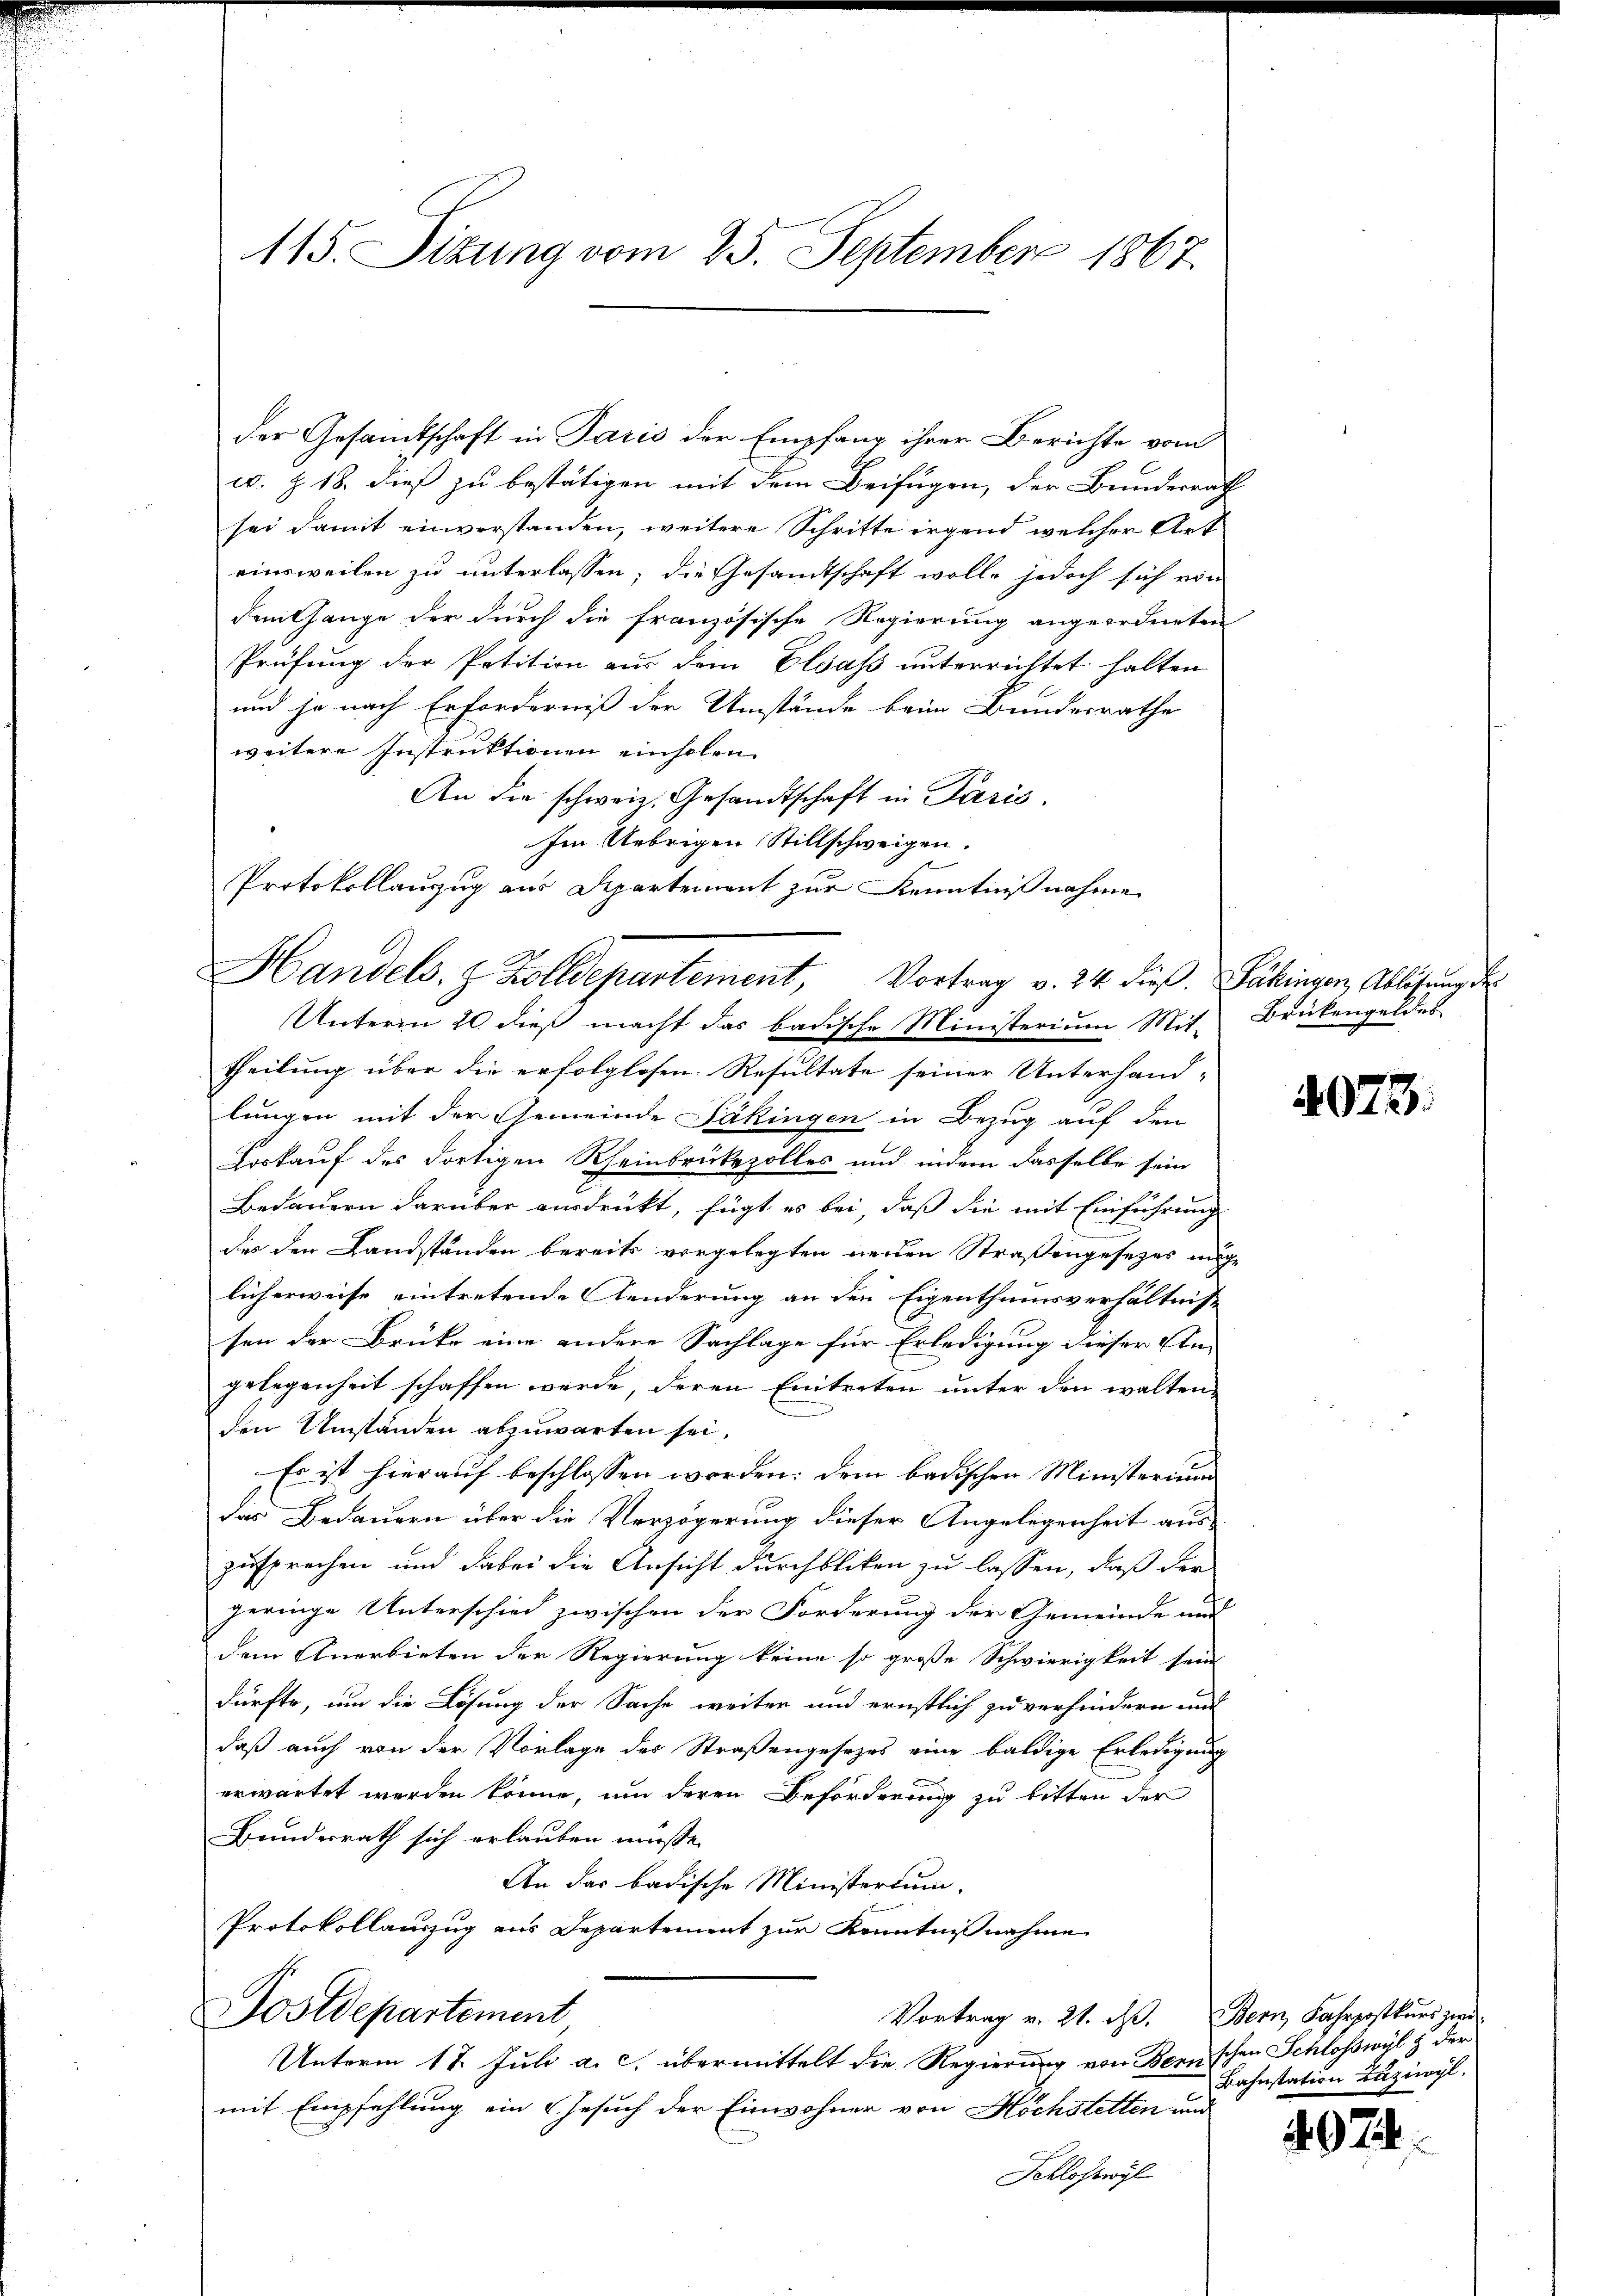
der Gesamtschaft in Paris der Empfang ihrer Berichte vom
w. Z. 18. dieß zu bestätigen mit dem Beifügen, der Bundesrath
sei damit einverstanden, weitere Schritte irgend welcher Art
einsweilen zu unterlassen; die Gesandtschaft wolle jedoch sich von
dem Gange der durch die französische Regierung angeordneten
Prüfung der Petition aus dem Elsass unterrichtet halten
und je nach Erforderniß der Umstände beim Bundesrathe
weitere Instruktionen einholen.
An die schweiz. Gesandtschaft in Paris.
Im Uebrigen Stillschweigen
Protokollanzug aus Departement zur Kenntnißnahme
Unterm 20. dieß macht das badische Ministerium Mit- Brükengeldes
theilung über die erfolglosen Resultate seiner Unterhand-
lungen mit der Gemeinde Päkingen in Bezug auf den
Loskauf des dortigen Rheinbrükezolles und indem dasselbe sein
Bedauern darüber ausdrückt, fügt es bei, daß die mit Einführung
des den Landständen bereits vorgelegten neuen Straßengesezes möge
licherweise eintretende Aenderung an den Eigenthumsverhältniss
sen der Brüke eine andere Sachlage für Erledigung dieser An-
gelegenheit schaffen werde, deren Eintreten unter den walten
den Umständen abzuwarten sei,
Es ist hierauf beschlossen worden: dem badischen Ministerium
das Bedauern über die Verzögerung dieser Angelegenheit aus
zusprechen und dabei die Ansicht durchbliken zu lassen, daß der
geringe Unterschied zwischen der Forderung der Gemeinde und
dem Anerbieten der Regierung keine so große Schwierigkeit sein
dürfte, um die Lösung der Sache weiter und ernstlich zu verhindern und
daß auch von der Vorlage der Straßengesezes eine baldige Erledigung
erwartet werden könne, um deren Beförderung zu bitten der
Bundesrath sich erlauben müsse.
An das badische Ministerium.
Protokollauszug aus Departement zur Kenntnißnahme
Postdepartement
Vortrag v. 21. dß. Bern, Fahrpostkurs zur
Unterm 17. Juli a. c. übermittelt die Regierung von Bernschen Schloßwyl & der
mit Empfehlung ein Gesuch der Einwohner von Höchstetten und
Schlosswyl

115. Sizung vom 25. September 1867.

Handels. z. Zolldepartement, Vortrag v. 24. dieß. Dahingen, Ablösung de

4073.

Bahnstation Luziwyl.

974